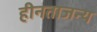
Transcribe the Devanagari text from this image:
हीनताजन्य